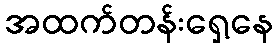
အထက်တန်းရှေ့နေ